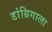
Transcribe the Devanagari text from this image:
डांग्रिगाला